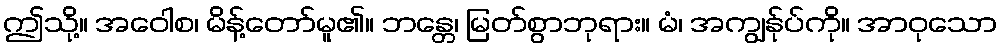
ဤသို့။ အဝေါစ၊ မိန့်တော်မူ၏။ ဘန္တေ၊ မြတ်စွာဘုရား။ မံ၊ အကျွန်ုပ်ကို။ အာဝုသော